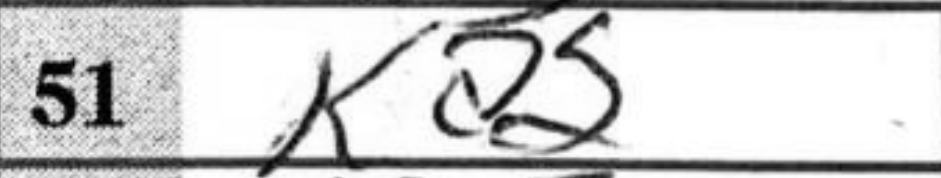
Transcription: Ka2